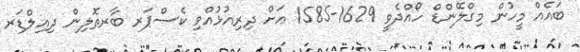
ބައެއް މީހުން މިގްލޭންޑް ހޯއްދެވީ 1629-1585 އަށް ދިރިއުޅުއްވި ކެސްޕަރ ބާރތޮލިން ދިއިލްޑަރ